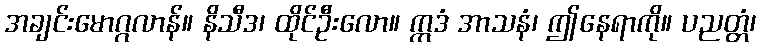
အချင်းမောဂ္ဂလာန်။ နိသီဒ၊ ထိုင်ဦးလော။ ဣဒံ အာသနံ၊ ဤနေရာကို။ ပညတ္တံ၊